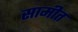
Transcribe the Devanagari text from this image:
सामीत